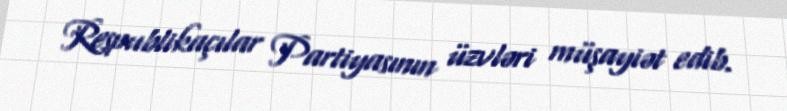
Respublikaçılar Partiyasının üzvləri müşayiət edib.